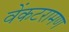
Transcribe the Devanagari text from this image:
वेंकटरामण